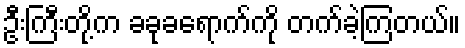
ဦးကြီးတို့က ခခုခရောက်ကို တက်ခဲ့ကြတယ်။